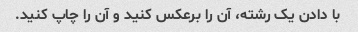
با دادن یک رشته، آن را برعکس کنید و آن را چاپ کنید.